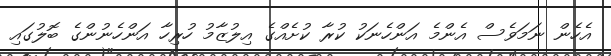
އެހެން ނަމަވެސް އެންމެ އަންހެނަކު ކުރާ ކުށެއްގެ އިލުޒާމު ހުރިހާ އަންހެނުންގެ ބޮލުގައި